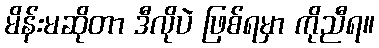
မိန်းမဆိုတာ ဒီလိုပဲ ဖြစ်ရမှာ ကိုညီရ။